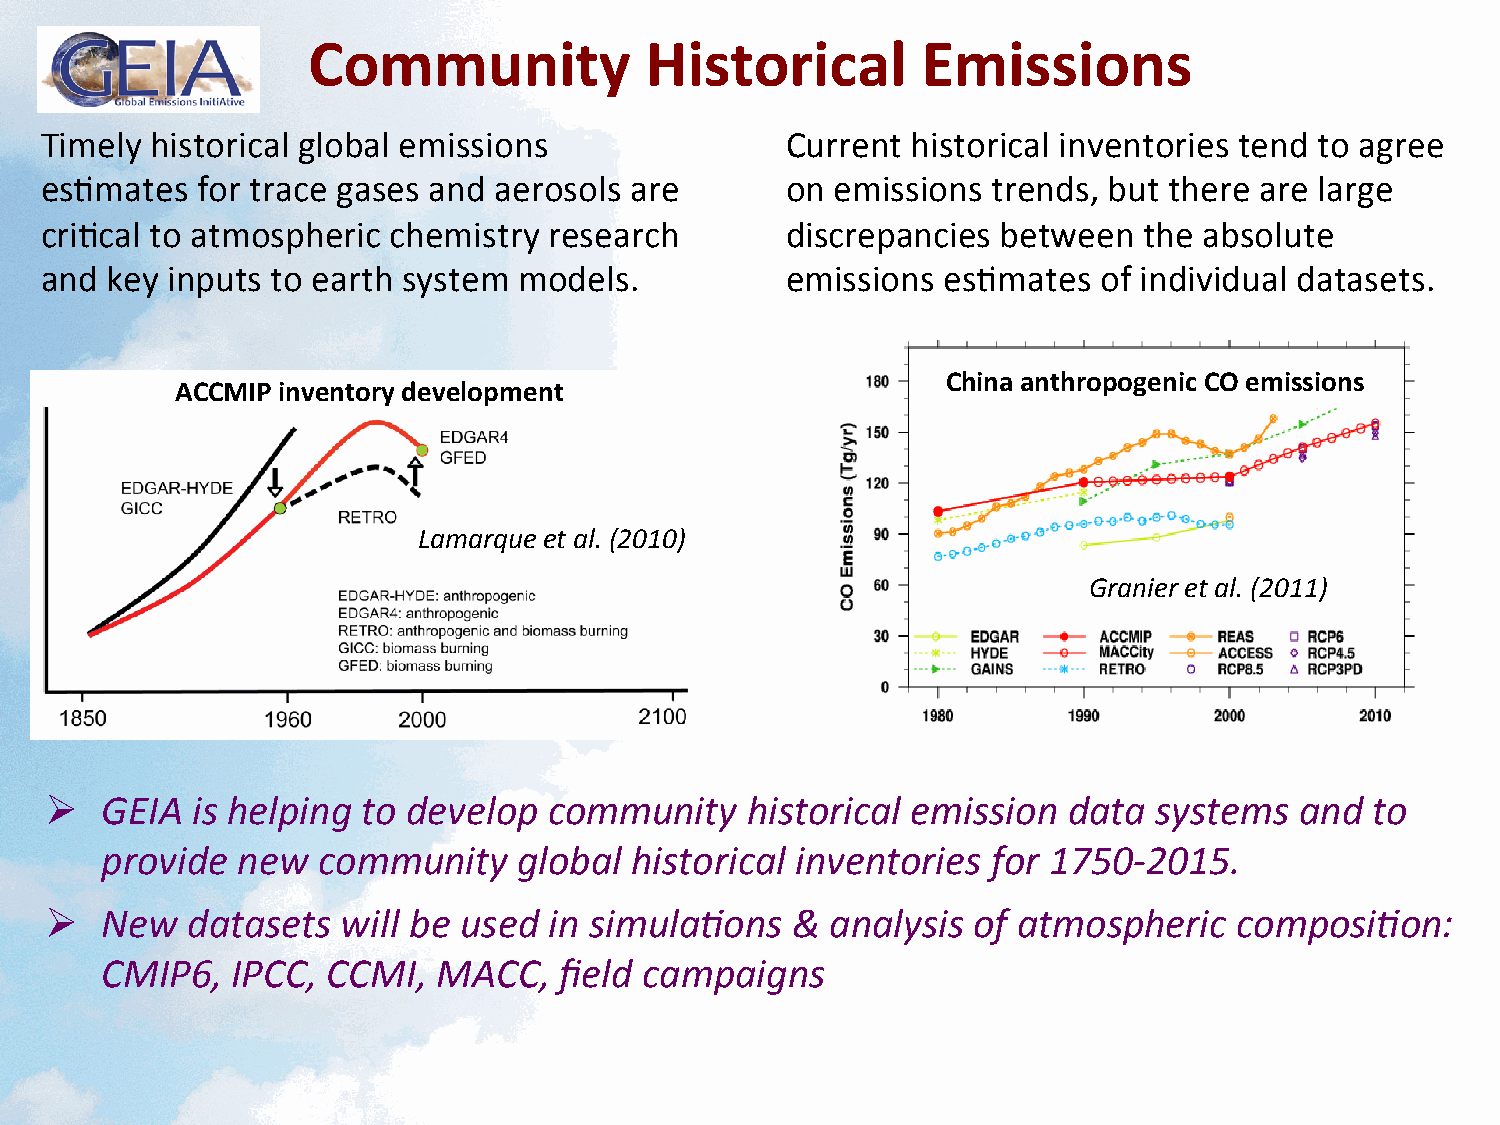
Community              Historical        Emissions
 Timely historical global emissions               Current historical inventories tend to agree
 es<mates  for trace gases and aerosols are       on emissions  trends, but there are large
 cri<cal to atmospheric chemistry research        discrepancies between   the absolute
 and key inputs to earth system models.           emissions  es<mates  of individual datasets.
 China anthropogenic CO emissions
 ACCMIP inventory development
 Lamarque et al. (2010)
 Granier et al. (2011)
 #   GEIA  is helping to develop  community    historical emission   data systems   and  to
 provide  new  community    global  historical inventories  for 1750-­‐2015.
 #   New  datasets   will be used in simulaAons   &  analysis of atmospheric    composiAon:
 CMIP6,  IPCC,  CCMI,  MACC,   field campaigns